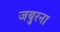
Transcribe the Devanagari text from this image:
जबुरना